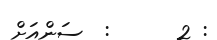
: 2      :  ސަންއަށް